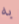
به